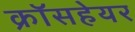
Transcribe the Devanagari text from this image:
क्रॉसहेयर